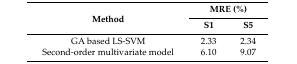
| <ROWSPAN=2> Method | <COLSPAN=2> MRE (%) |
 | S1 | S5 |
 | --- | --- | --- |
 | GA based LS-SVM | 2.33 | 2.34 |
 | Second-order multivariate model | 6.10 | 9.07 |